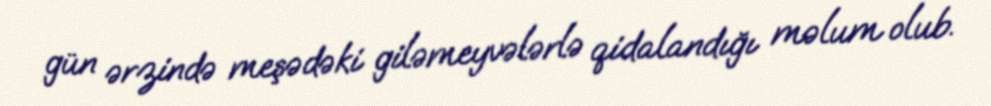
gün ərzində meşədəki giləmeyvələrlə qidalandığı məlum olub.